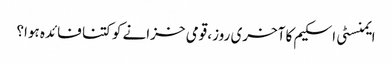
ایمنسٹی اسکیم کا آخری روز، قومی خزانے کو کتنا فائدہ ہوا؟